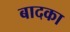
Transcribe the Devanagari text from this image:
बादका